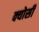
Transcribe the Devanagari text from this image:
क्योसी